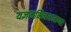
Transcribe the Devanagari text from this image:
यज्ञमभिनक्षमाणाः